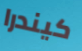
كيندرا